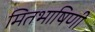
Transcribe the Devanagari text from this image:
मितभाषिणी